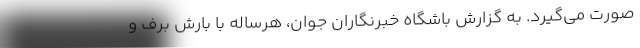
صورت می‌گیرد. به گزارش باشگاه خبرنگاران جوان، هرساله با بارش برف و